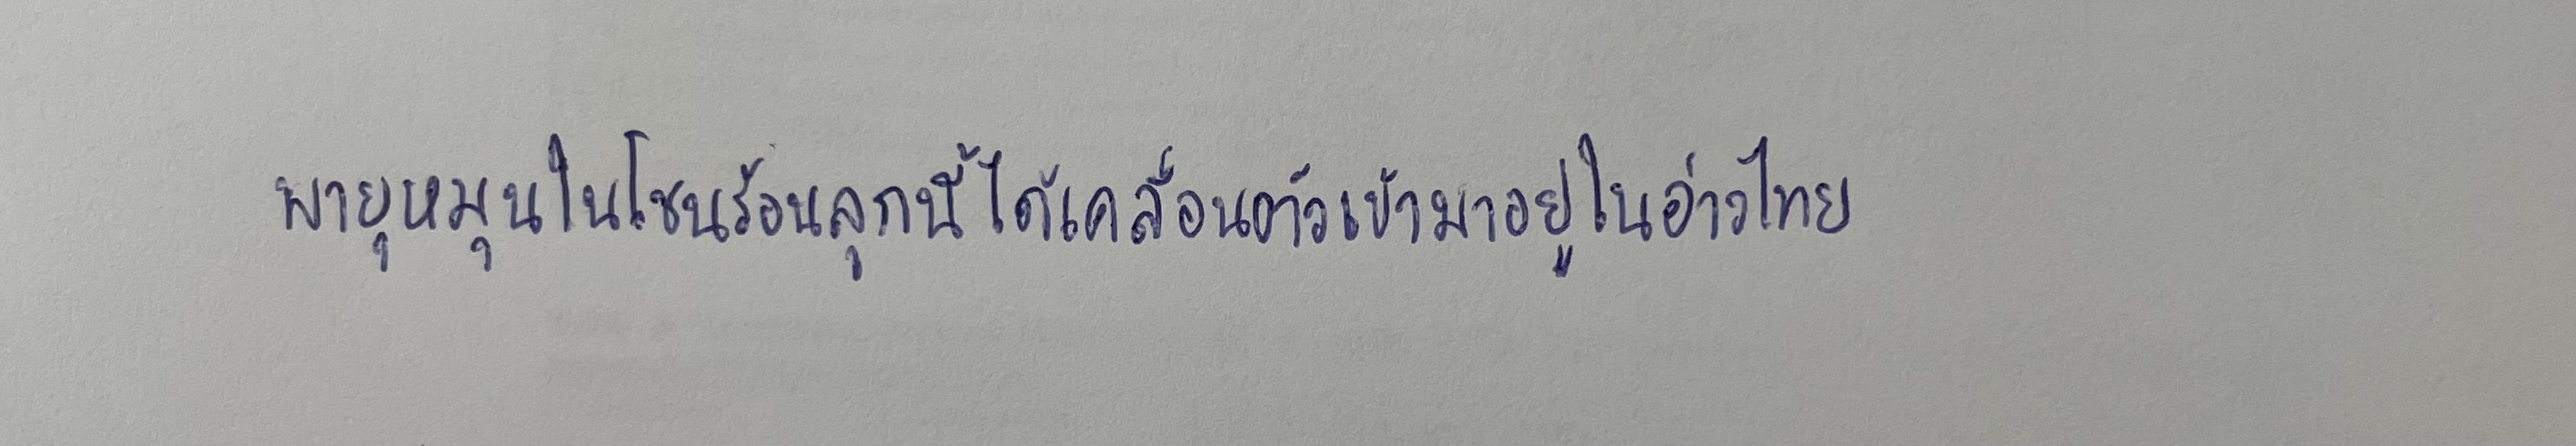
พายุหมุนในโซนร้อนลูกนี้ได้เคลื่อนตัวเข้ามาอยู่ในอ่าวไทย